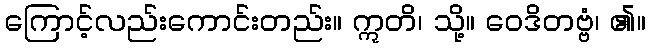
ကြောင့်လည်းကောင်းတည်း။ ဣတိ၊ သို့။ ဝေဒိတဗ္ဗံ၊ ၏။